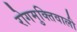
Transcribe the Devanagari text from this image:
रोगमुक्तिवाली